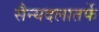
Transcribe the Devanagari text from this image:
सैन्यदलातर्फे